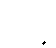
တင့်